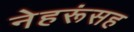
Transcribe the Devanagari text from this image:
नेहरूंसह